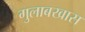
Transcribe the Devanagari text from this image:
गुलाबखास